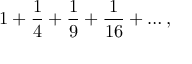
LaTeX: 1 + { \frac { 1 } { 4 } } + { \frac { 1 } { 9 } } + { \frac { 1 } { 1 6 } } + \dots ,